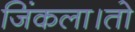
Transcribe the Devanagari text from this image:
जिंकला।तो